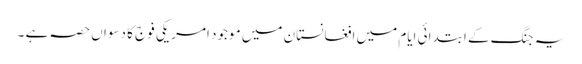
یہ جنگ کے ابتدائی ایام میں افغانستان میں موجود امریکی فوج کا دسواں حصہ ہے ۔